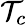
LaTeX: \mathcal{T}_{c}